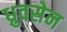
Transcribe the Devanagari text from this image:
ध्रुवसेन